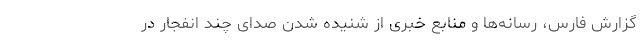
گزارش فارس، رسانه‌ها و منابع خبری از شنیده شدن صدای چند انفجار در